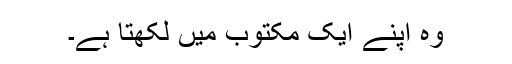
وہ اپنے ایک مکتوب میں لکھتا ہے۔